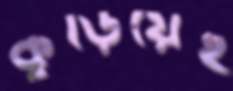
কুড়িয়েই